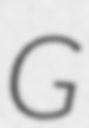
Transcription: G